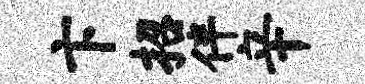
卞招伴辛